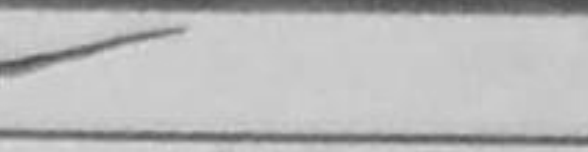
Transcription: g5